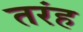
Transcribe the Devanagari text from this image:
तरंह